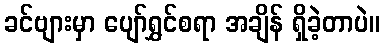
ခင်ဗျားမှာ ပျော်ရွှင်စရာ အချိန် ရှိခဲ့တာပဲ။